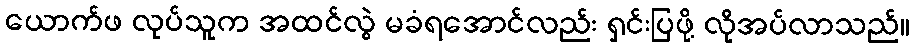
ယောက်ဖ လုပ်သူက အထင်လွဲ မခံရအောင်လည်း ရှင်းပြဖို့ လိုအပ်လာသည်။